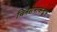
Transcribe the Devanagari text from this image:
चित्रसेनाकडून